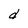
Character: d